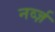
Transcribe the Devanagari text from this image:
नर्व्ज़